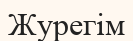
Журегім